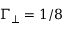
\Gamma _ { \perp } = 1 / 8